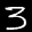
Label: 3